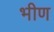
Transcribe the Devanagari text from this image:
भीण